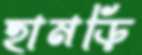
হামড়ি